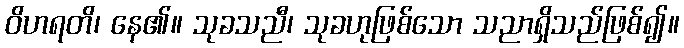
ဝိဟရတိ၊ နေ၏။ သုခသညီ၊ သုခဟုဖြစ်သော သညာရှိသည်ဖြစ်၍။